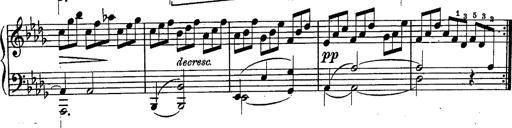
Title: Schubert's Impromptus [revised and edited by Franz Liszt]
Composer: Franz Liszt